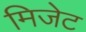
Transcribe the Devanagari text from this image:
मिजेट